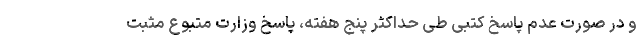
و در صورت عدم پاسخ کتبی طی حداکثر پنج هفته، پاسخ وزارت متبوع مثبت